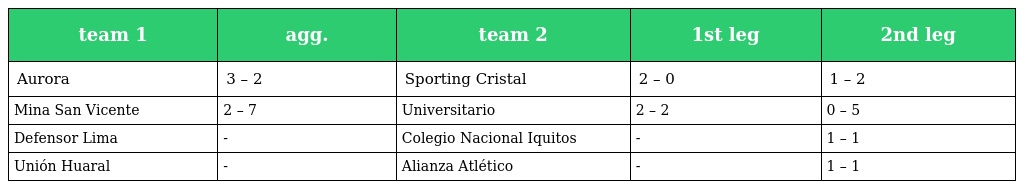
| team 1 | agg. | team 2 | 1st leg | 2nd leg |
 | --- | --- | --- | --- | --- |
 | Aurora | 3 – 2 | Sporting Cristal | 2 – 0 | 1 – 2 |
 | Mina San Vicente | 2 – 7 | Universitario | 2 – 2 | 0 – 5 |
 | Defensor Lima | - | Colegio Nacional Iquitos | - | 1 – 1 |
 | Unión Huaral | - | Alianza Atlético | - | 1 – 1 |